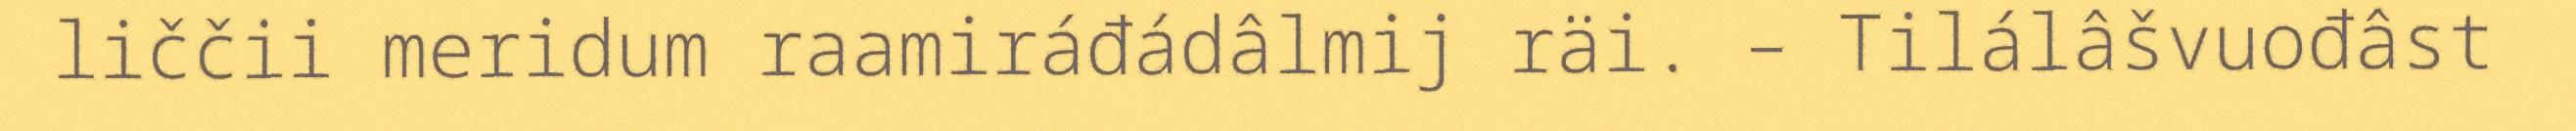
liččii meridum raamiráđádâlmij räi. – Tilálâšvuođâst